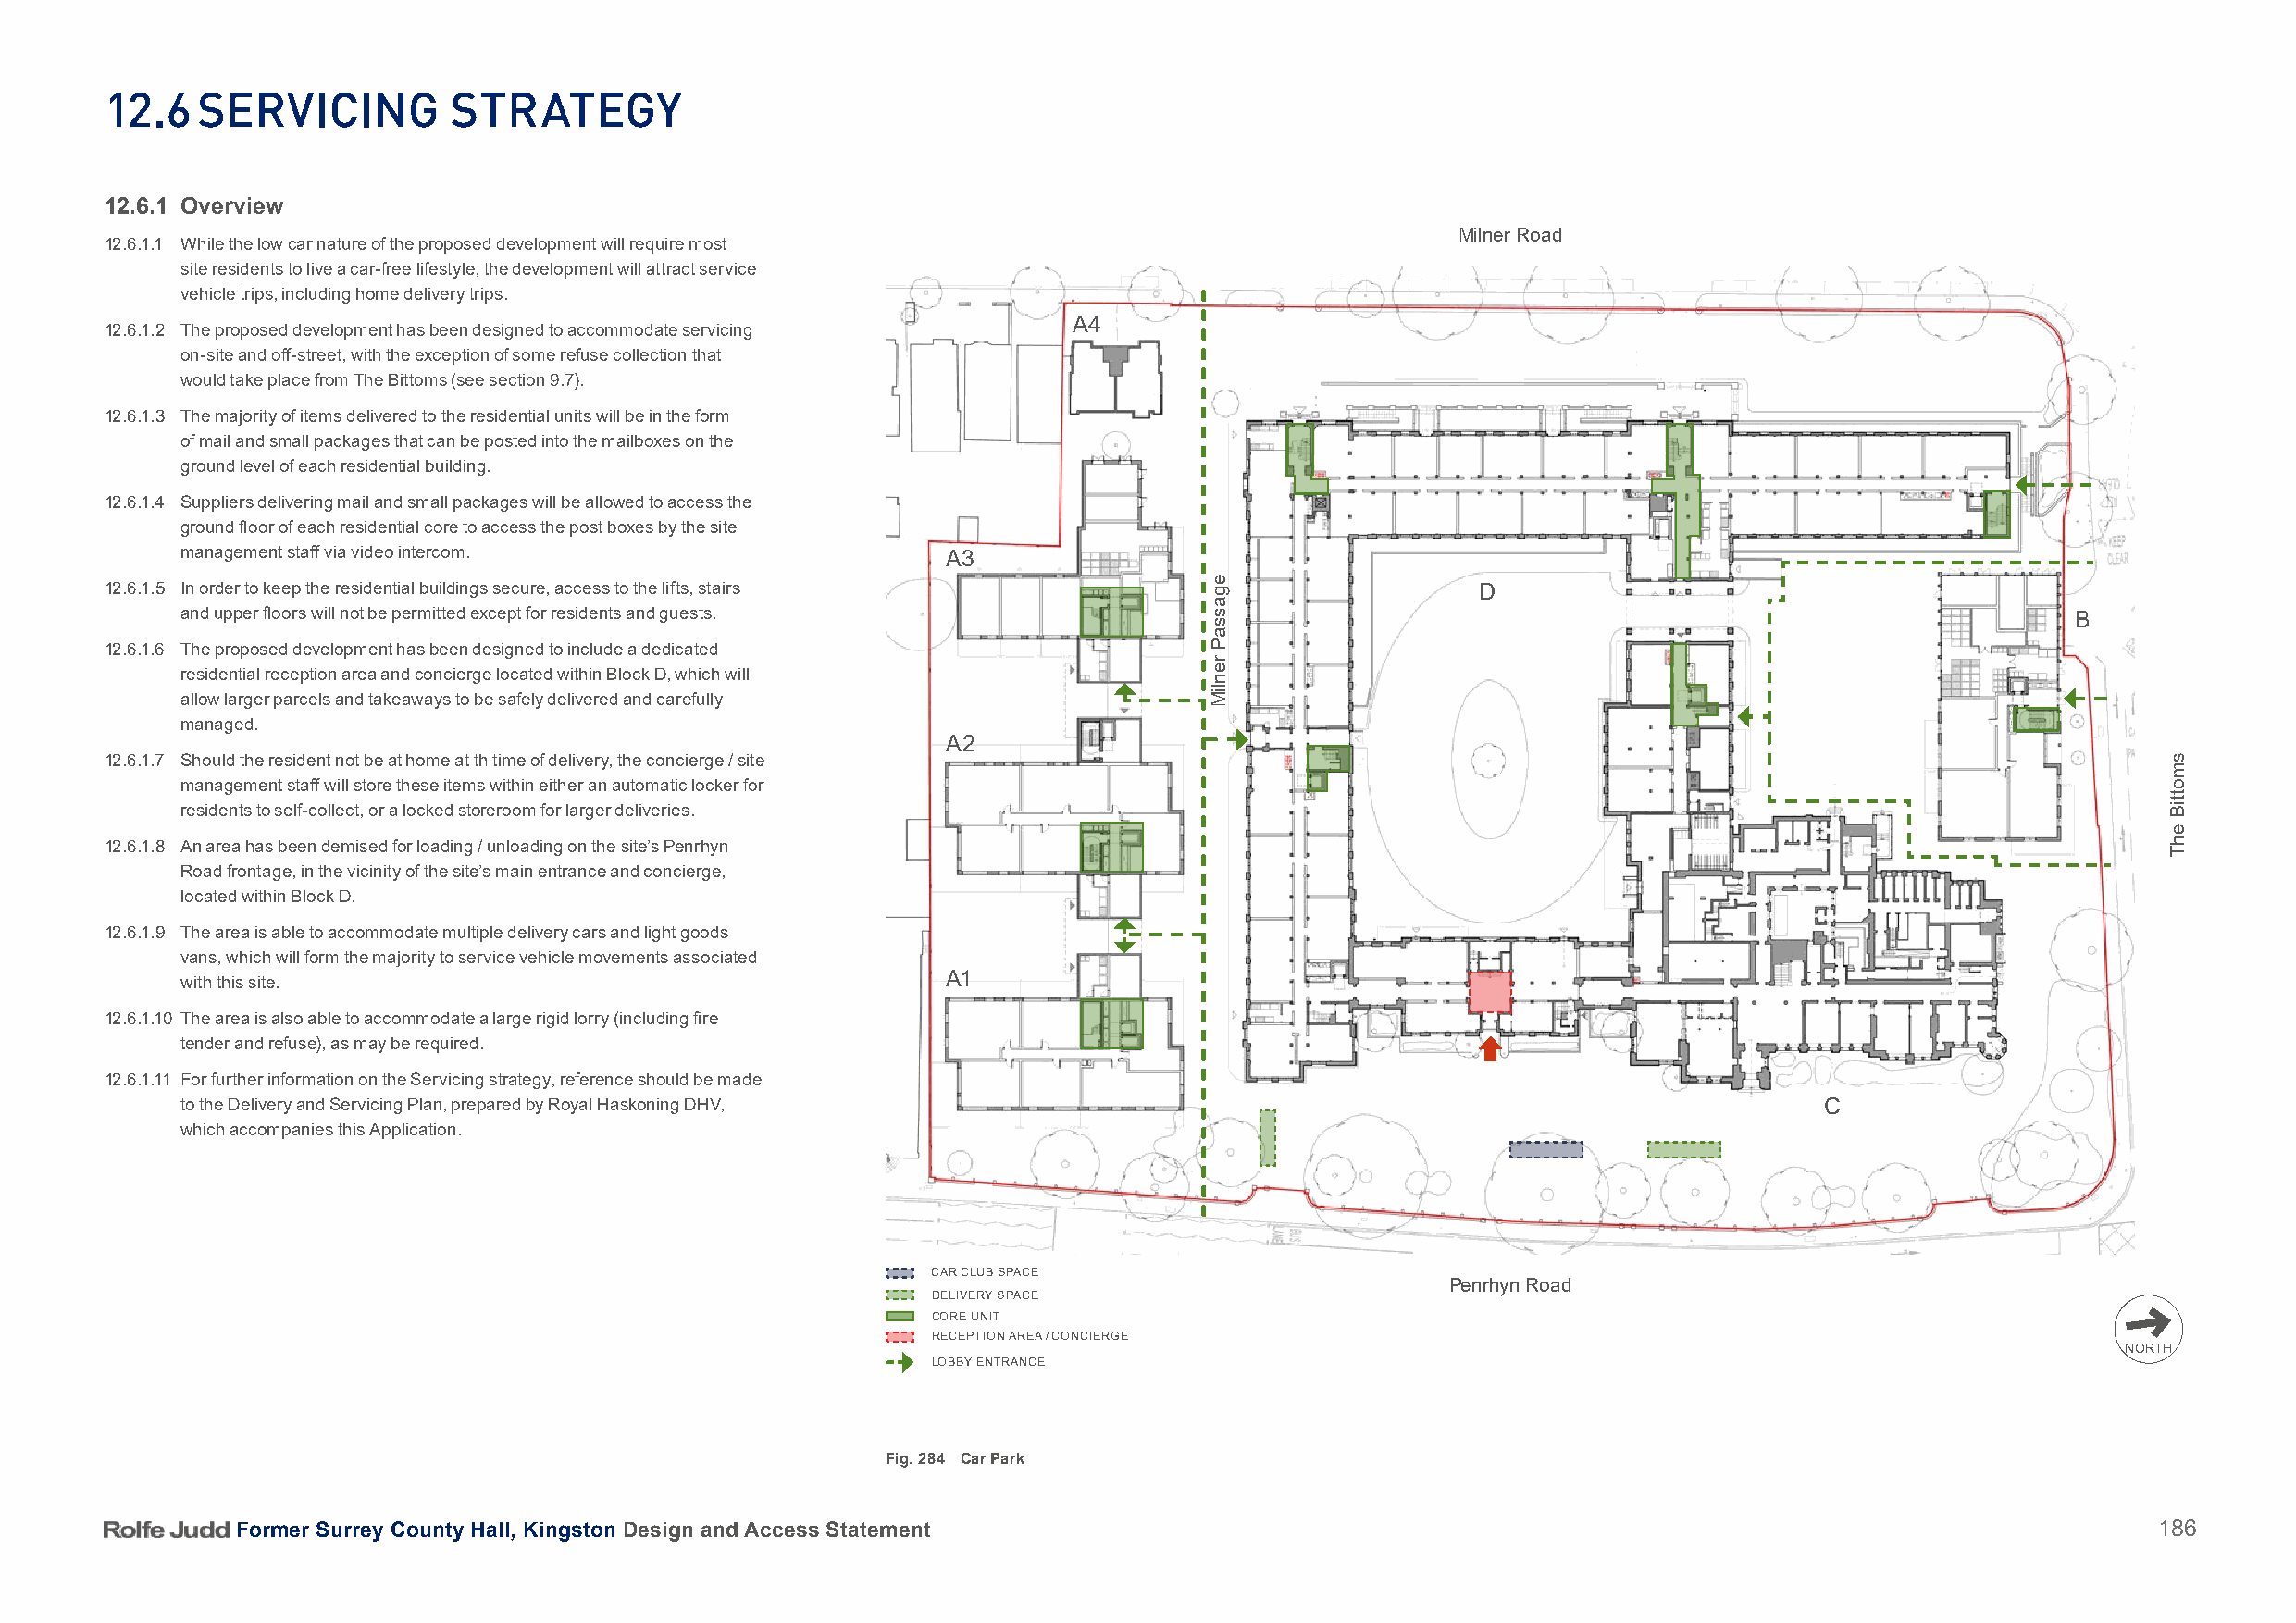
12.6   SerViCing         Strategy
 12.6.1 Overview
 Milner Road
 12.6.1.1 While the low car nature of the proposed development will require most
 site residents to live a car-free lifestyle, the development will attract service
 vehicle trips, including home delivery trips.
 A4
 12.6.1.2 The proposed development has been designed to accommodate servicing
 on-site and off-street, with the exception of some refuse collection that
 would take place from The Bittoms (see section 9.7).
 12.6.1.3 The majority of items delivered to the residential units will be in the form
 of mail and small packages that can be posted into the mailboxes on the
 ground level of each residential building.
 12.6.1.4 Suppliers delivering mail and small packages will be allowed to access the
 ground floor of each residential core to access the post boxes by the site
 management staff via video intercom.                   A3
 12.6.1.5 In order to keep the residential buildings secure, access to the lifts, stairs            D
 and upper floors will not be permitted except for residents and guests.                                                                B
 12.6.1.6 The proposed development has been designed to include a dedicated
 residential reception area and concierge located within Block D, which will
 allow larger parcels and takeaways to be safely delivered and carefully
 managed.
 A2
 12.6.1.7 Should the resident not be at home at th time of delivery, the concierge / site
 management staff will store these items within either an automatic locker for
 residents to self-collect, or a locked storeroom for larger deliveries.
 12.6.1.8 An area has been demised for loading / unloading on the site’s Penrhyn
 Road frontage, in the vicinity of the site’s main entrance and concierge,
 located within Block D.
 12.6.1.9 The area is able to accommodate multiple delivery cars and light goods
 vans, which will form the majority to service vehicle movements associated
 A1
 with this site.
 12.6.1.10 The area is also able to accommodate a large rigid lorry (including fire
 tender and refuse), as may be required.
 12.6.1.11 For further information on the Servicing strategy, reference should be made
 to the Delivery and Servicing Plan, prepared by Royal Haskoning DHV,                                                 C
 which accompanies this Application.
 CAR CLUB SPACE
 Penrhyn Road
 DELIVERY SPACE
 CORE UNIT
 RECEPTION AREA / CONCIERGE
 NORTH
 LOBBY ENTRANCE
 Fig. 284 Car Park
 Former Surrey County Hall, Kingston Design and Access Statement                                                                          186
 egassaP
 renliM
 smottiB
 ehT